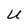
Character: U